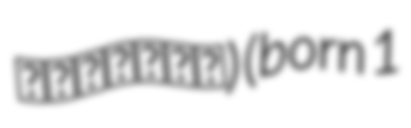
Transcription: العامري) (born 1